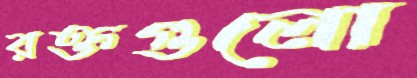
রক্তগুলো